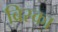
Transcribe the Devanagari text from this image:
ब्रिस्का